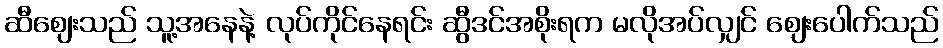
ဆီဈေးသည် သူ့အနေနဲ့ လုပ်ကိုင်နေရင်း ဆွီဒင်အစိုးရက မလိုအပ်လျှင် ဈေးပေါက်သည်